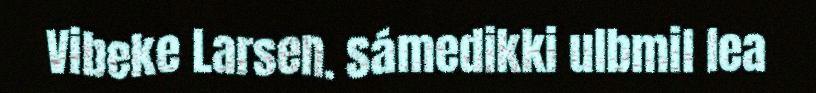
Vibeke Larsen. Sámedikki ulbmil lea